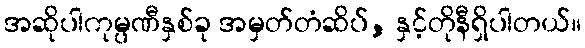
အဆိုပါကုမ္ပဏီနှစ်ခု အမှတ်တံဆိပ်, နှင့်တိုနီရှိပါတယ်။